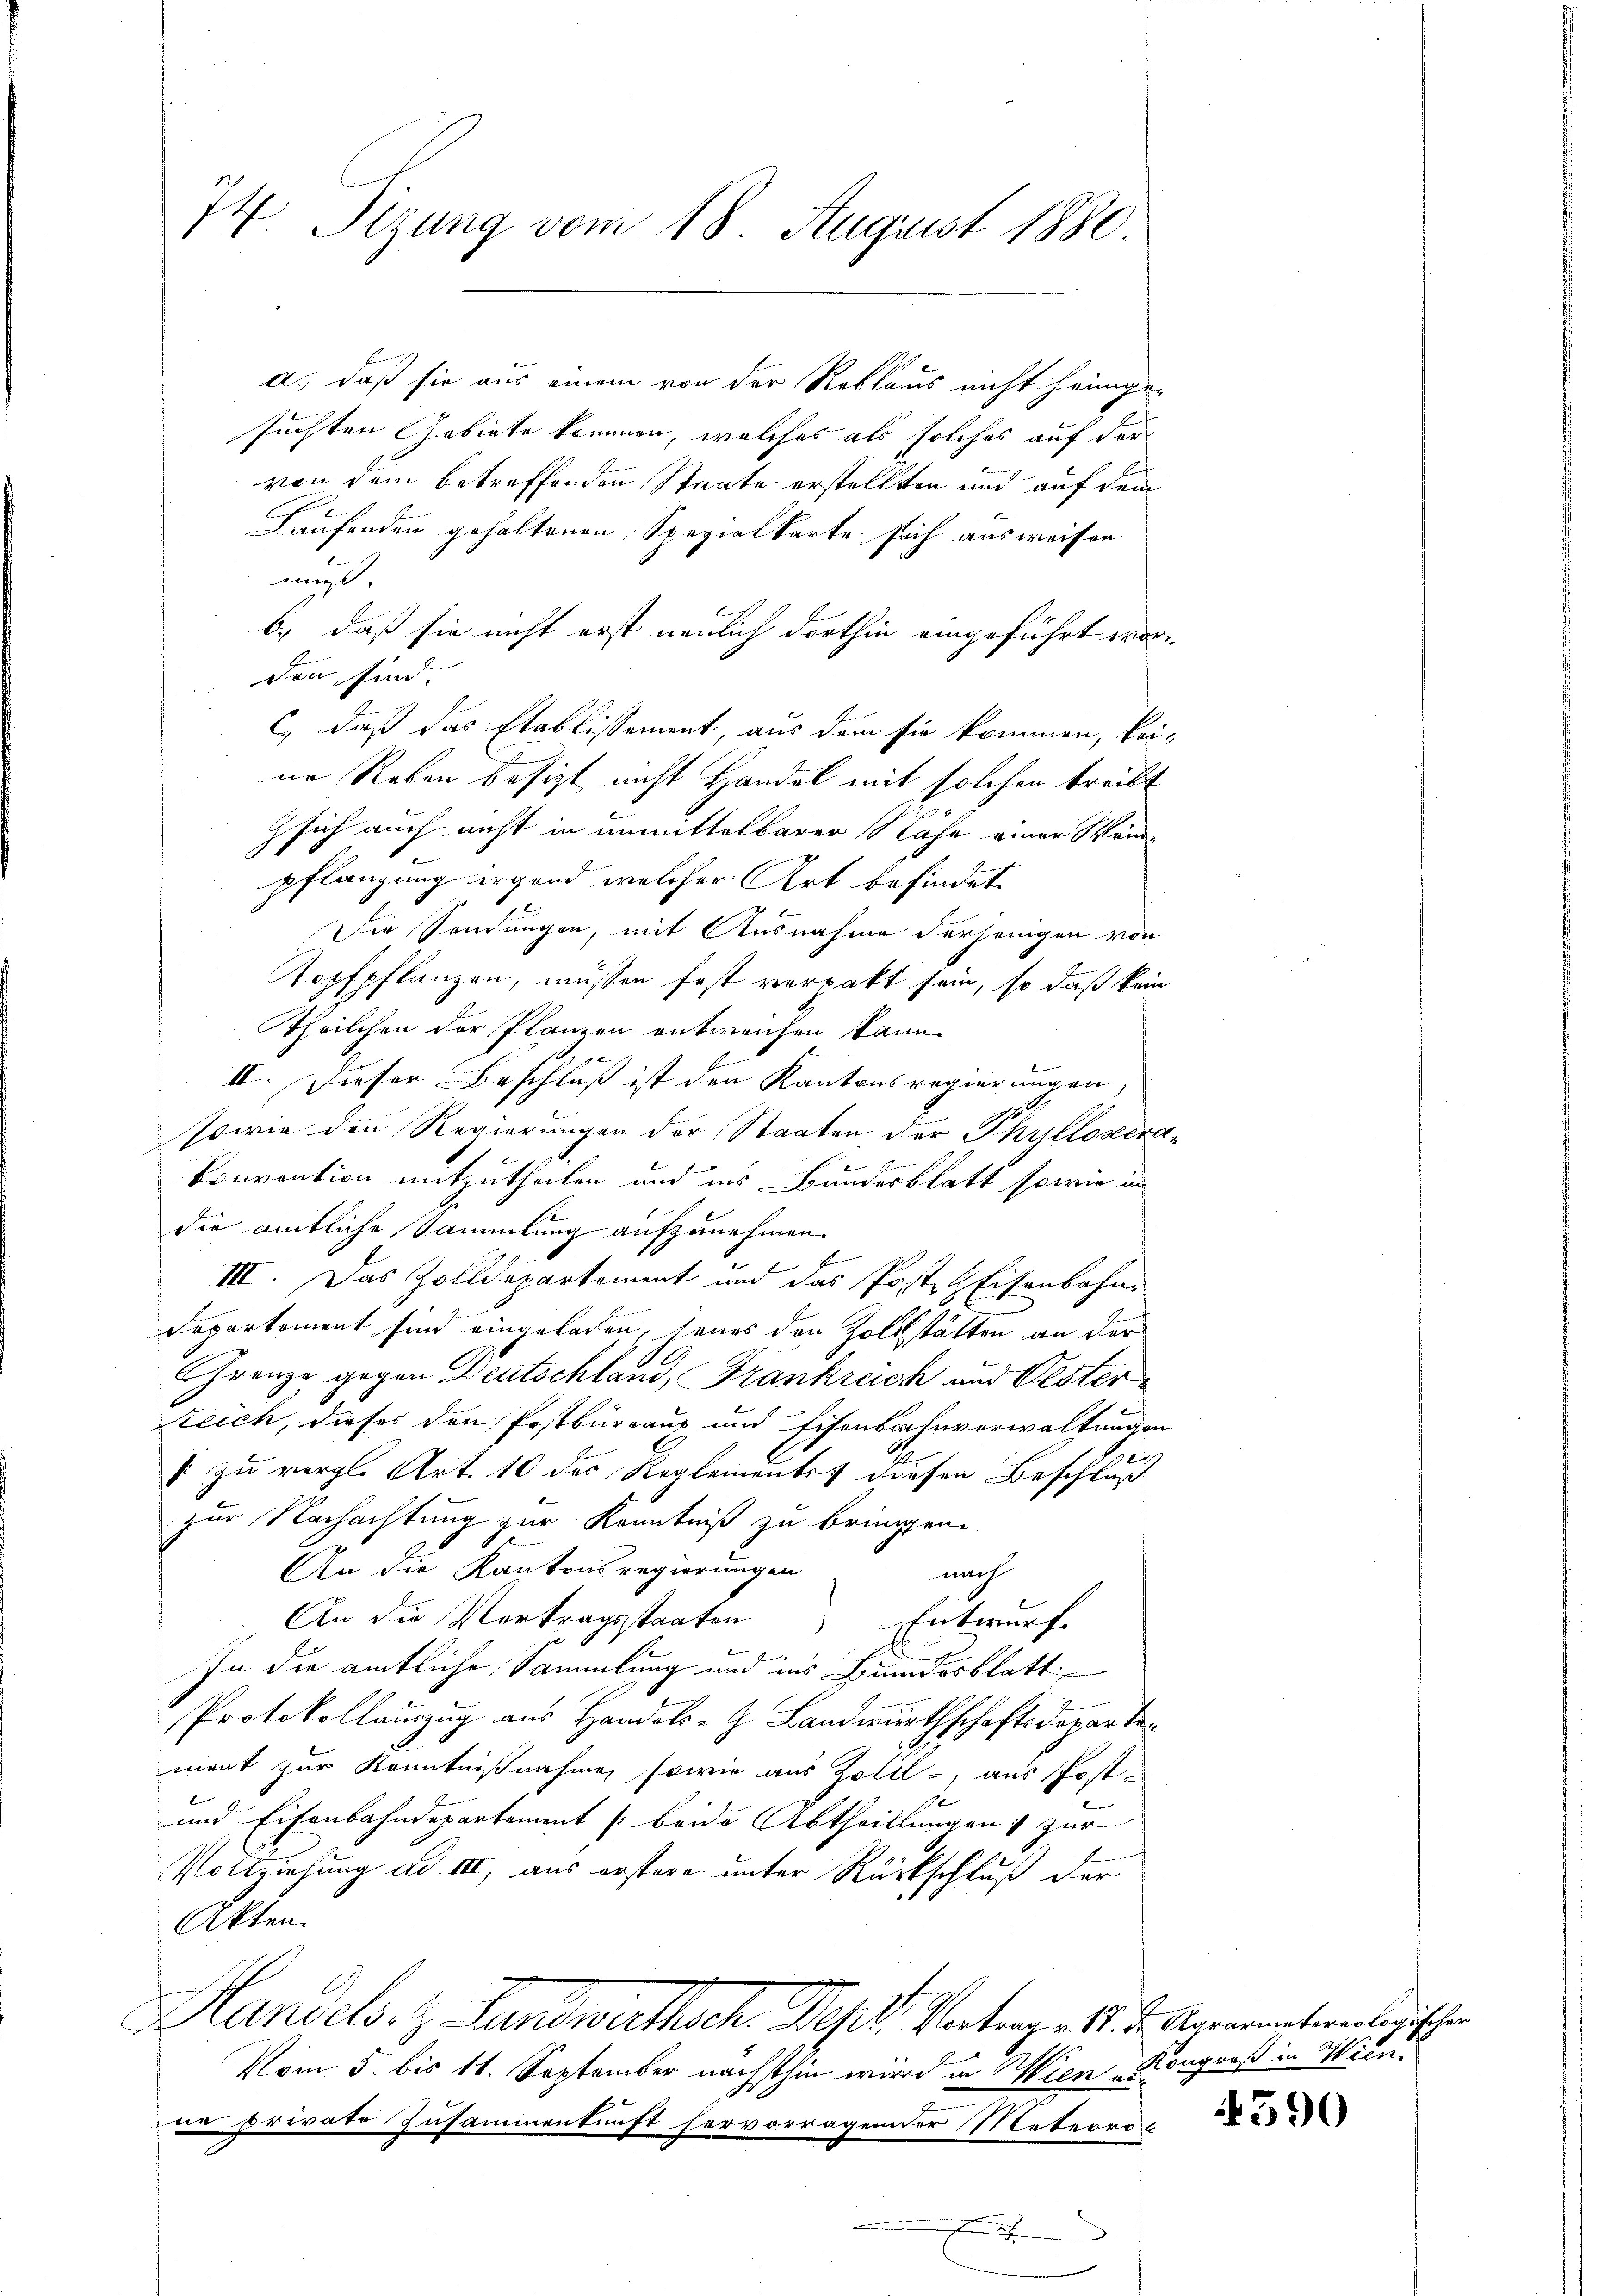
74. Sizung vom 18. August 1880.

a. daß sie aus einem von der Reblaus nicht heimge-
suchten Gebiete kommen, welches als solches auf der
von dem betreffenden Staate erstellten und auf dem
Laufenden gehaltenen Spezialkarte sich ausweisen
muß.
b.) daß sie nicht erst neulich dorthin eingeführt worden sind. |
c.) daß das Etablissement, aus dem sie kommen, keine Reben besizt nicht Handel mit solchen treibt
z sich auch nicht in unmittelbarer Nähe einer Weipflanzung irgend welcher Art befindet
Die Sendungen, mit Ausnahme derjenigen von
Kopfpflanzen, müssen fast verpakt sein, so daß kein
Theilchen der Planzen entweichen kann.
II. Dieser Beschluß ist den Kantonsregierungen,
sowie den Regierungen der Staaten der Phyllosena
Convention mitzutheilen und ins Bundesblatt sowie in
die amtliche Sammlung aufzunehmen.
III. Das Zolldepartement und das Post- & Eisenbahn
Departement sind eingeladen, seines den Zollstätten an der
Grenze gegen Deutschland, Frankreich und Oester¬
Rteich, dieses den Postbüreaus und Eisenbahnverwaltungen
e
si zu vergl. Art. 10 des Reglements diesen Beschluß
zur Nachachtung zur Kenntniß zu bringen.
An die Kantonsregierungen
nach
An die Vertragsstaaten Entwurf
In die amtliche Sammlung und ins Bundesblatt
Protokollauszug aus Handels-G. Landwirthschaftsdepartement zur Kenntnißnahme, sowie aus Zoll, aus Post¬
und Eisenbahndepartement (beide Abtheillungen) zur
Pottziehung ad III, aus erstere unter Rückschluß der
Akten.
Handels. z. Landwirthsch. Dest. Vertrag - 14. d. Agamenterbergischen
Vom 5. bis 11. September nächsthin wird in Wien eine private Zusammenkunft hervorragender Meteorol
g
E

Kongroß in Wien.

.

4590